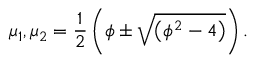
\mu _ { 1 } , \mu _ { 2 } = \frac { 1 } { 2 } \left( \phi \pm \sqrt { \left( \phi ^ { 2 } - 4 \right) } \right) .